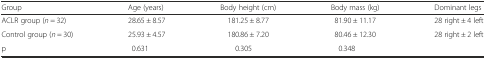
| Group | Age (years) | Body height (cm) | Body mass (kg) | Dominant legs |
 | --- | --- | --- | --- | --- |
 | ACLR group (n = 32) | 28.65 ± 8.57 | 181.25 ± 8.77 | 81.90 ± 11.17 | 28 right ± 4 left |
 | Control group (n = 30) | 25.93 ± 4.57 | 180.86 ± 7.20 | 80.46 ± 12.30 | 28 right ± 2 left |
 | p | 0.631 | 0.305 | 0.348 |  |